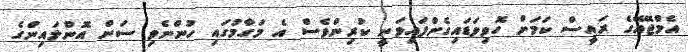
އެމްޖޭއޭގެ ރައީސް ކަމަށް ހޮވިވަޑައިގެންފައިވަނީ ކުރިންވެސް އެ މަގާމުގައި ހުންނެވި ސަން އޮންލައިންގެ